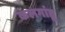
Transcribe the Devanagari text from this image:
कलगांडू